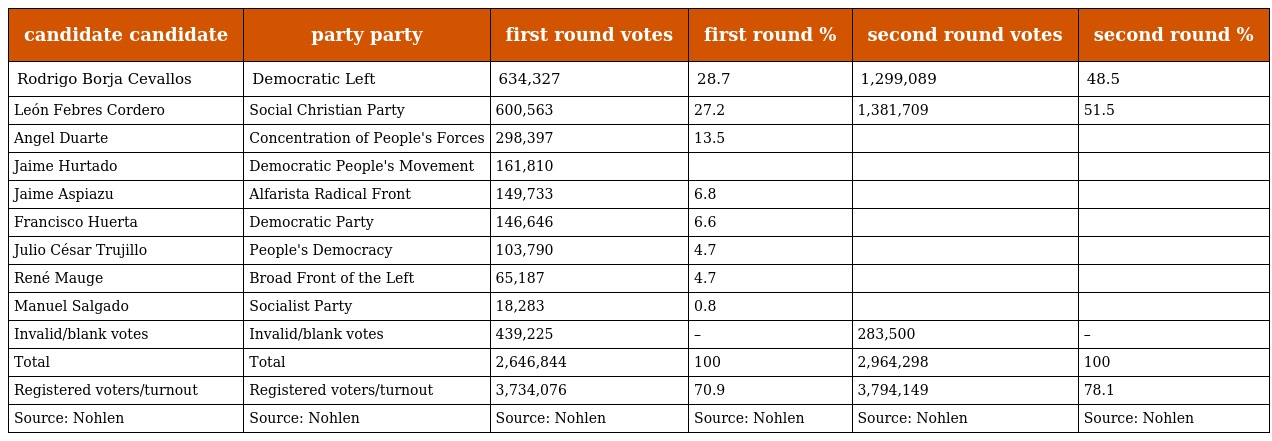
| candidate candidate | party party | first round votes | first round % | second round votes | second round % |
 | --- | --- | --- | --- | --- | --- |
 | Rodrigo Borja Cevallos | Democratic Left | 634,327 | 28.7 | 1,299,089 | 48.5 |
 | León Febres Cordero | Social Christian Party | 600,563 | 27.2 | 1,381,709 | 51.5 |
 | Angel Duarte | Concentration of People's Forces | 298,397 | 13.5 |  |  |
 | Jaime Hurtado | Democratic People's Movement | 161,810 |  |  |  |
 | Jaime Aspiazu | Alfarista Radical Front | 149,733 | 6.8 |  |  |
 | Francisco Huerta | Democratic Party | 146,646 | 6.6 |  |  |
 | Julio César Trujillo | People's Democracy | 103,790 | 4.7 |  |  |
 | René Mauge | Broad Front of the Left | 65,187 | 4.7 |  |  |
 | Manuel Salgado | Socialist Party | 18,283 | 0.8 |  |  |
 | Invalid/blank votes | Invalid/blank votes | 439,225 | – | 283,500 | – |
 | Total | Total | 2,646,844 | 100 | 2,964,298 | 100 |
 | Registered voters/turnout | Registered voters/turnout | 3,734,076 | 70.9 | 3,794,149 | 78.1 |
 | Source: Nohlen | Source: Nohlen | Source: Nohlen | Source: Nohlen | Source: Nohlen | Source: Nohlen |